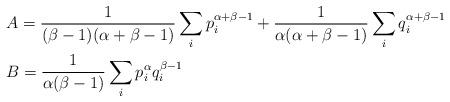
LaTeX: \begin{align*}&A=\frac{1}{(\beta-1)(\alpha+\beta-1)}\sum_{i}p^{\alpha+\beta-1}_{i}+\frac{1}{\alpha(\alpha+\beta-1)}\sum_{i}q^{\alpha+\beta-1}_{i}\\&B=\frac{1}{\alpha(\beta-1)}\sum_{i}p^{\alpha}_{i}q^{\beta-1}_{i}\end{align*}